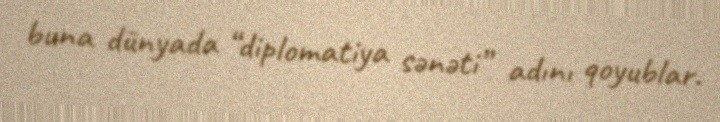
buna dünyada “diplomatiya sənəti” adını qoyublar.